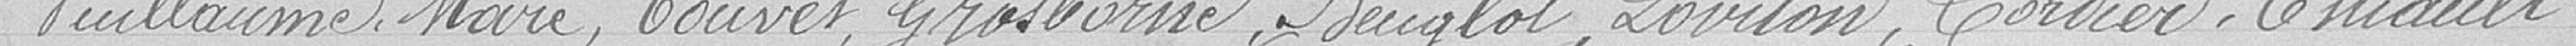
VUILLAUME, MARE, TOUVET, GROSBORNE, BEUGLOT, LOVITON, CORDIER, THIAULT,